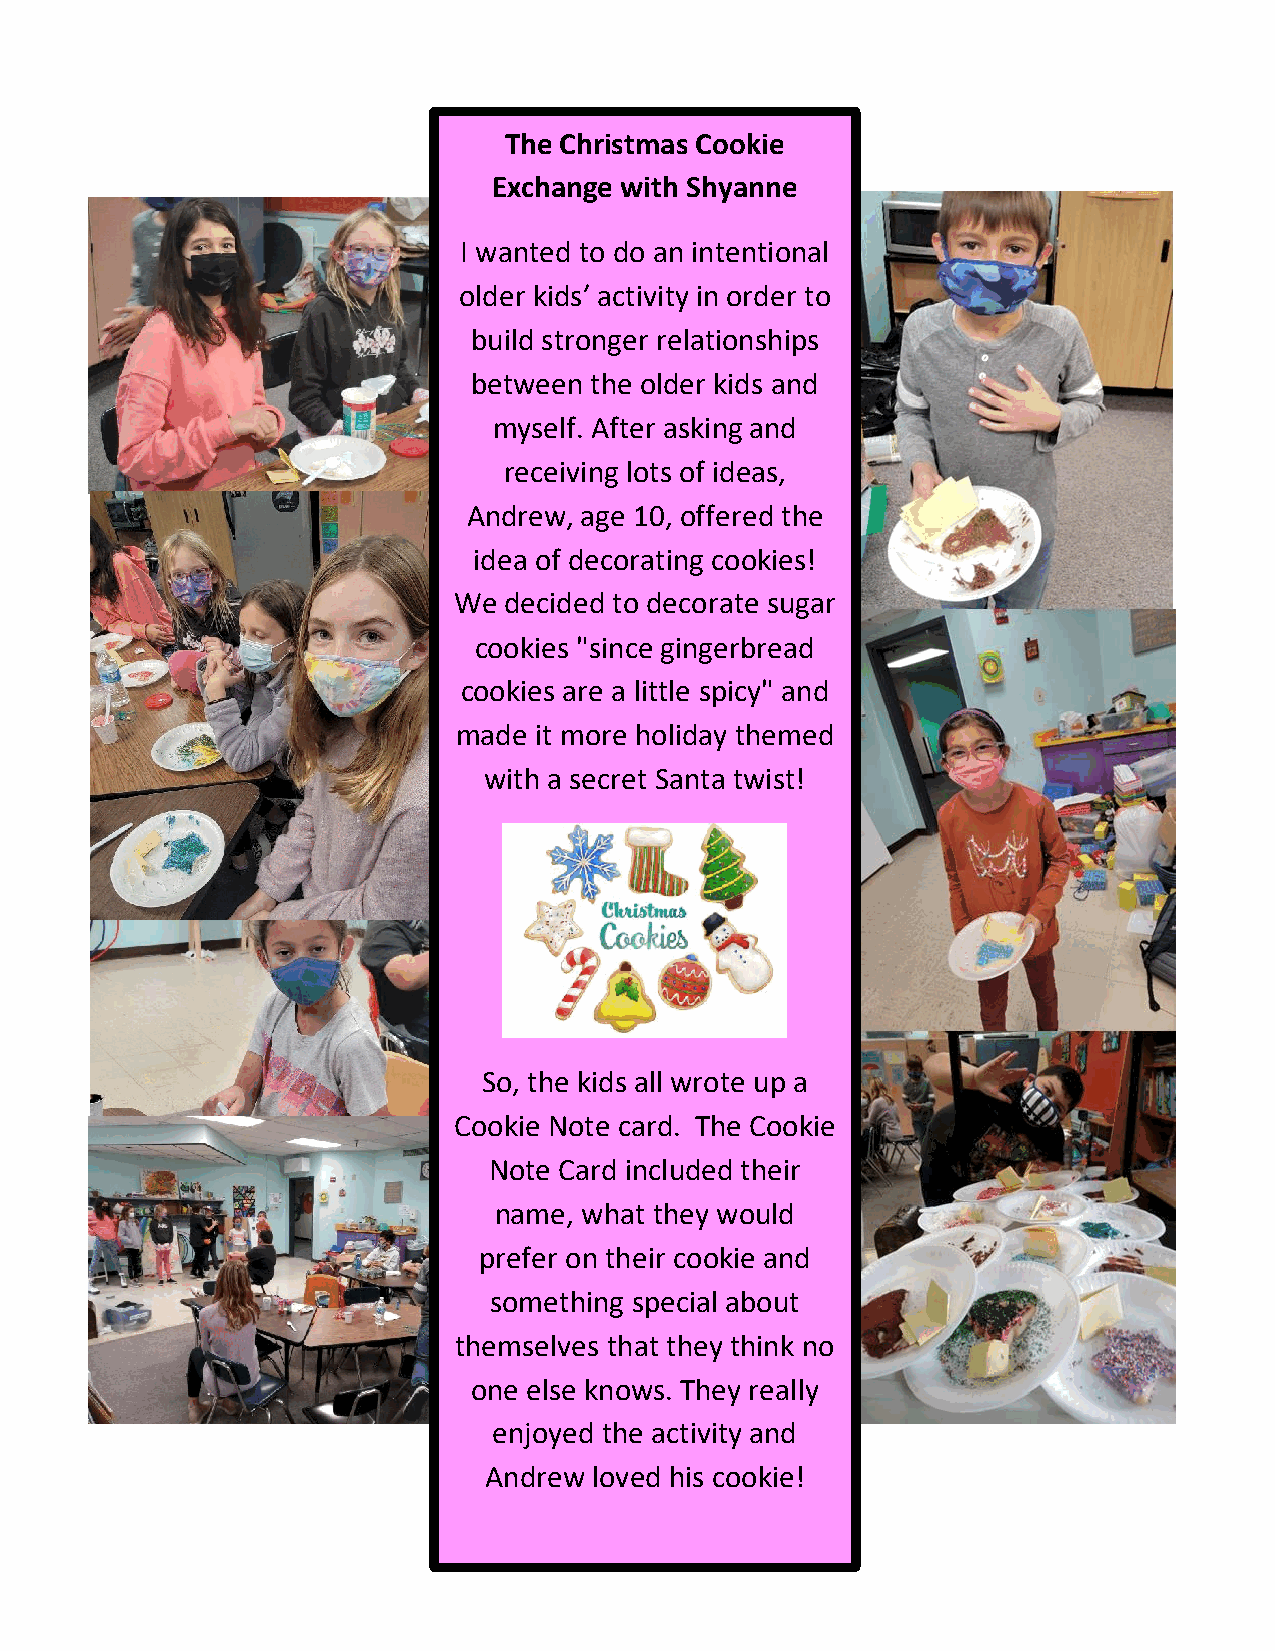
The Christmas Cookie
 Exchange with Shyanne
 I wanted to do an intentional
 older kids’ activity in order to
 build stronger relationships
 between the older kids and
 myself. After asking and
 receiving lots of ideas,
 Andrew, age 10, offered the
 idea of decorating cookies!
 We decided to decorate sugar
 cookies "since gingerbread
 cookies are a little spicy" and
 made it more holiday themed
 with a secret Santa twist!
 So, the kids all wrote up a
 Cookie Note card. The Cookie
 Note Card included their
 name, what they would
 prefer on their cookie and
 something special about
 themselves that they think no
 one else knows. They really
 enjoyed the activity and
 Andrew loved his cookie!